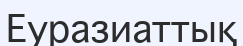
Еуразиаттық